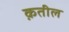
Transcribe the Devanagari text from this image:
क़तील